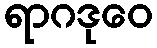
ရာဂဒုဝေ